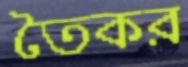
তৈকর